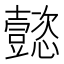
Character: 懿